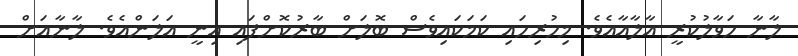
ލާނާ ހަވާލުކުރީ އާލާއާއެވެ. މިހުރިހައި ކަމަކައިވެސް ބޮލަށް ބާރުކޮށްފައި އިނީ އަލަންއެވެ. ލާނާއަށް